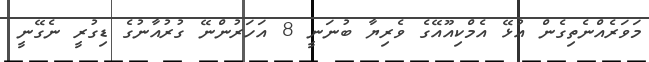
މަވަރެއްނެތިގެން އުޅޭ އެމްކިއޫއޭގެ ވެރިޔާ ބުނަނީ 8 އަހަރުންނޭ ގުރުއާނުގެ ޑިގުރީ ނެގޭނީ